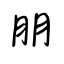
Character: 朋